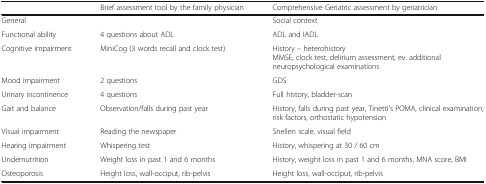
<table><thead><tr><td></td><td><b>Brief assessment tool by the family physician</b></td><td><b>Comprehensive Geriatric assessment by geriatrician</b></td></tr></thead><tbody><tr><td>General</td><td></td><td>Social context</td></tr><tr><td>Functional ability</td><td>4 questions about ADL</td><td>ADL and IADL</td></tr><tr><td>Cognitive impairment</td><td>MiniCog (3 words recall and clock test)</td><td>History – heterohistoryMMSE, clock test, delirium assessment, ev. additional neuropsychological examinations</td></tr><tr><td>Mood impairment</td><td>2 questions</td><td>GDS</td></tr><tr><td>Urinary incontinence</td><td>4 questions</td><td>Full history, bladder-scan</td></tr><tr><td>Gait and balance</td><td>Observation/falls during past year</td><td>History, falls during past year, Tinetti&#x27;s POMA, clinical examination, risk factors, orthostatic hypotension</td></tr><tr><td>Visual impairment</td><td>Reading the newspaper</td><td>Snellen scale, visual field</td></tr><tr><td>Hearing impairment</td><td>Whispering test</td><td>History, whispering at 30 / 60 cm</td></tr><tr><td>Undernutrition</td><td>Weight loss in past 1 and 6 months</td><td>History, weight loss in past 1 and 6 months, MNA score, BMI</td></tr><tr><td>Osteoporosis</td><td>Height loss, wall-occiput, rib-pelvis</td><td>Height loss, wall-occiput, rib-pelvis</td></tr></tbody></table>